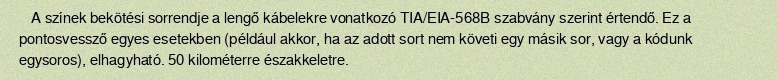
A színek bekötési sorrendje a lengő kábelekre vonatkozó TIA/EIA-568B szabvány szerint értendő. Ez a pontosvessző egyes esetekben (például akkor, ha az adott sort nem követi egy másik sor, vagy a kódunk egysoros), elhagyható. 50 kilométerre északkeletre.